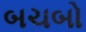
બચબો